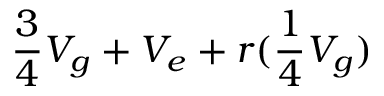
{ \frac { 3 } { 4 } } V _ { g } + V _ { e } + r ( { { \frac { 1 } { 4 } } V _ { g } } )